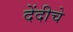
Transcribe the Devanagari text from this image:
देंदीचे